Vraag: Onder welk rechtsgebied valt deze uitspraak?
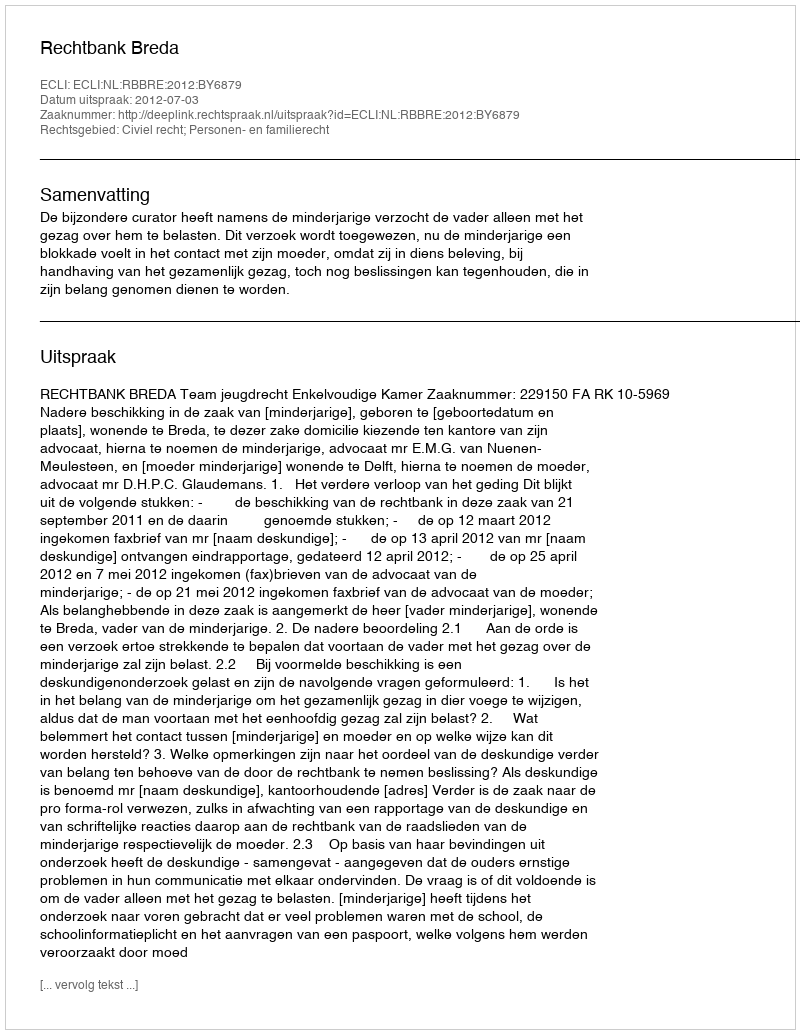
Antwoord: Civiel recht; Personen- en familierecht